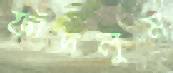
ফাঁদলুম